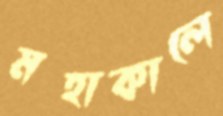
মহাকালে